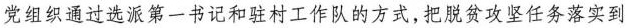
党组织通过选派第一书记和驻村工作队的方式，把脱贫攻坚任务落实到